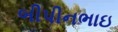
બીપીનભાઇ